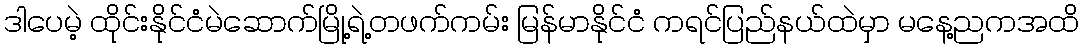
ဒါပေမဲ့ ထိုင်းနိုင်ငံမဲဆောက်မြို့ရဲ့တဖက်ကမ်း မြန်မာနိုင်ငံ ကရင်ပြည်နယ်ထဲမှာ မနေ့ညကအထိ